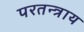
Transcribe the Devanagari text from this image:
परतन्त्राय